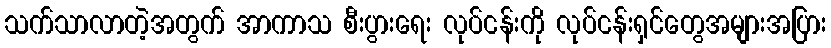
သက်သာလာတဲ့အတွက် အာကာသ စီးပွားရေး လုပ်ငန်းကို လုပ်ငန်းရှင်တွေအများအပြား